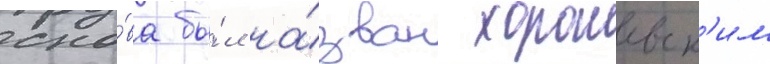
сно́ва бы́л на́зван хорошевск'им